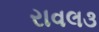
રાવલ૩